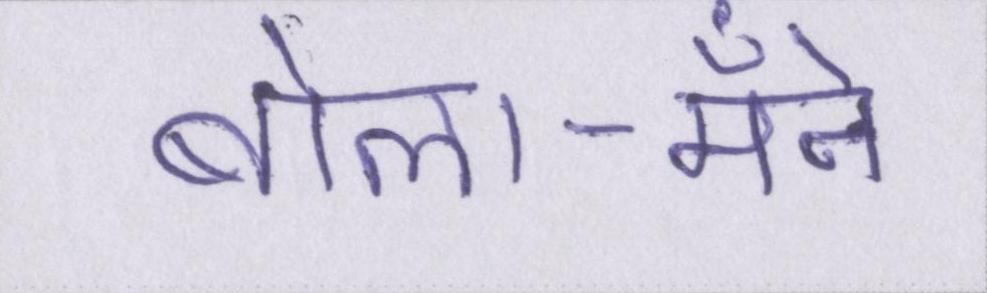
बोला-मैँने